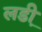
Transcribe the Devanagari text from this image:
लडी़